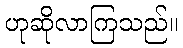
ဟုဆိုလာကြသည်။